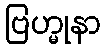
ဗြဟ္မုနာ